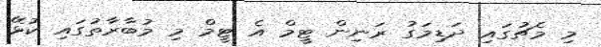
މި މެޗުގައި ދަޑިމަގު ރަނިން ޓީމް އެ ޓީމް މި މުބާރާތުގައި ކުޅޭ